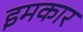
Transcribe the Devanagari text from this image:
इमकार